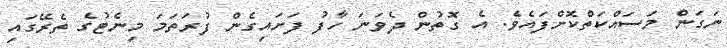
ނަގަން މަސައްކަތްކޮށްފައެވެ. އެ ގޮތުން ދެވަނަ ހާފު ފަށައިގެން ފުރަތަމަ މިނެޓުގެ ތެރޭގައި